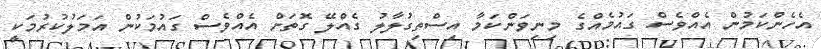
އެހެންކަމުން އެއްވެސް ގައުމެއްގެ މިނިވަންކަމާ އިސްތިގުލާލު ގެއްލޭ ގޮތަށް އެއްވެސް ގައުމަކުން އަމަލުކުރުމަކީ